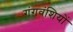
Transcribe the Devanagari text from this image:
गंगवंशियों